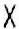
X